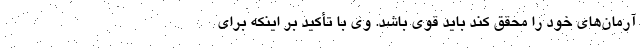
آرمان‌های خود را محقق کند باید قوی باشد. وی با تأکید بر اینکه برای